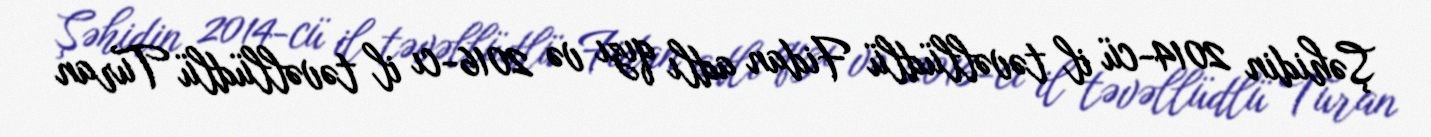
Şəhidin 2014-cü il təvəllüdlü Fidan adlı qızı və 2016-cı il təvəllüdlü Turan